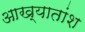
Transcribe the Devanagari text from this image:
आख्यातांश